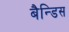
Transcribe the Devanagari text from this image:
बैन्डिस